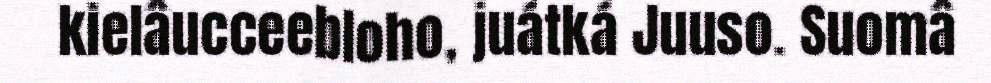
kielâucceebloho, juátká Juuso. Suomâ